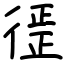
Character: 徰